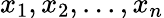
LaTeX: x_{1},x_{2},...,x_{n}